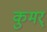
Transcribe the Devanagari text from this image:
कुमर्